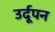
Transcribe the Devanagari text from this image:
उर्दूपन